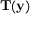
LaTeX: \mathbf { T } ( \mathbf { y } )